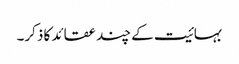
بہائیت کے چند عقائد کا ذکر۔